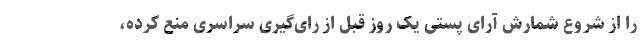
را از شروع شمارش آرای پستی یک روز قبل از رای‌گیری سراسری منع کرده،